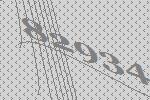
82934